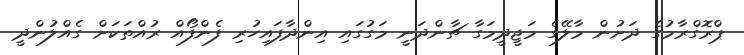
ޕްރޮގްރާމުގެ ދަށުން މާލޭގެ މަޖީދީމަގާ ޗާންދަނީ މަގުގައި އިންދާފައިހުރި ފެންފޯއް ރުއްތަކަށް ގެއްލުންދީ